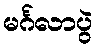
မင်္ဂလာပွဲ